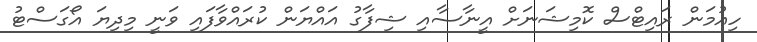
ހިއުމަން ރައިޓްސް ކޮމިޝަނަށް އީނާސާއި ޝިފާގު އައްޔަން ކުރައްވާފައި ވަނީ މިދިޔަ އޯގަސްޓު